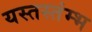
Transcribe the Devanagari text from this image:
यस्तस्तंम्भ